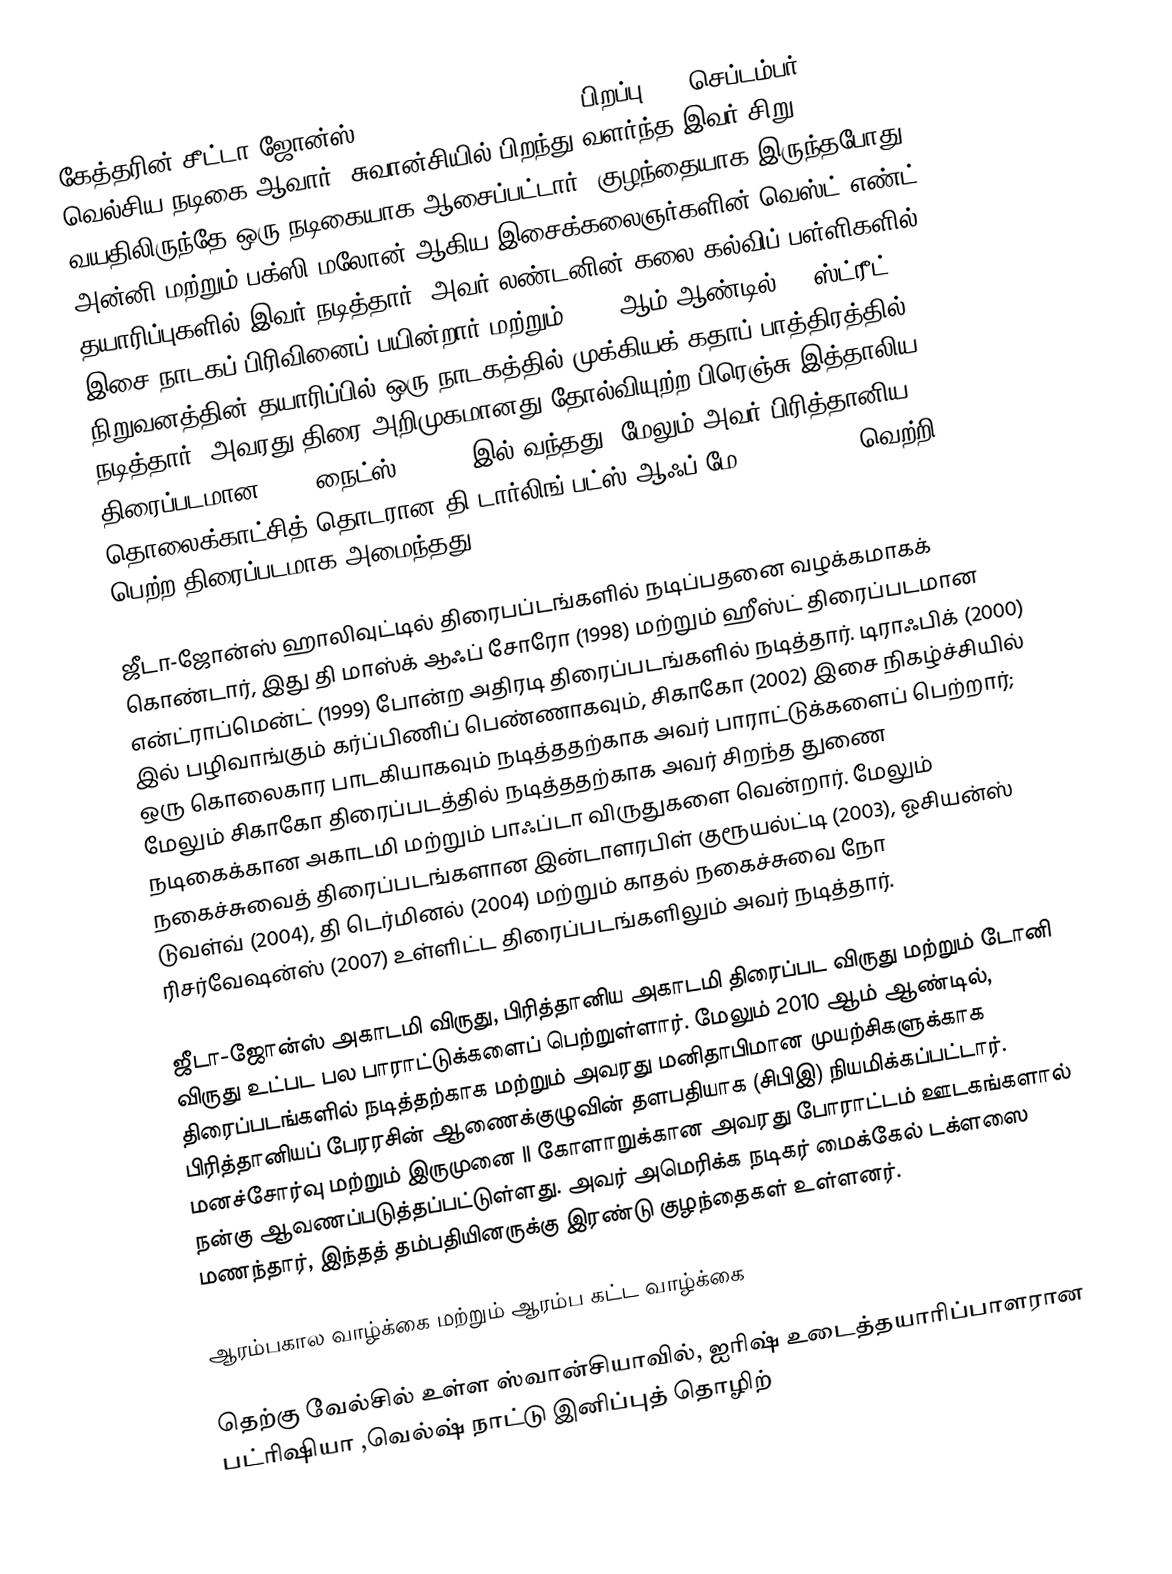
கேத்தரின் சீட்டா-ஜோன்ஸ் (Catherine Zeta-Jones; பிறப்பு: 25 செப்டம்பர் 1969) வெல்சிய நடிகை ஆவார். சுவான்சியில் பிறந்து வளர்ந்த இவர் சிறு வயதிலிருந்தே ஒரு நடிகையாக ஆசைப்பட்டார். குழந்தையாக இருந்தபோது, அன்னி மற்றும் பக்ஸி மலோன் ஆகிய இசைக்கலைஞர்களின் வெஸ்ட் எண்ட் தயாரிப்புகளில் இவர் நடித்தார். அவர் லண்டனின் கலை கல்விப் பள்ளிகளில் இசை நாடகப் பிரிவினைப் பயின்றார் மற்றும் 1987 ஆம் ஆண்டில் 42 ஸ்ட்ரீட் நிறுவனத்தின் தயாரிப்பில் ஒரு நாடகத்தில் முக்கியக் கதாப் பாத்திரத்தில் நடித்தார். அவரது திரை அறிமுகமானது தோல்வியுற்ற பிரெஞ்சு-இத்தாலிய திரைப்படமான 1001 நைட்ஸ் (1990) இல் வந்தது, மேலும் அவர் பிரித்தானிய தொலைக்காட்சித் தொடரான தி டார்லிங் பட்ஸ் ஆஃப் மே (1991-1993) வெற்றி பெற்ற திரைப்படமாக அமைந்தது.

ஜீடா-ஜோன்ஸ் ஹாலிவுட்டில் திரைபப்டங்களில் நடிப்பதனை வழக்கமாகக் கொண்டார், இது தி மாஸ்க் ஆஃப் சோரோ (1998) மற்றும் ஹீஸ்ட் திரைப்படமான என்ட்ராப்மென்ட் (1999) போன்ற அதிரடி திரைப்படங்களில் நடித்தார். டிராஃபிக் (2000) இல் பழிவாங்கும் கர்ப்பிணிப் பெண்ணாகவும், சிகாகோ (2002) இசை நிகழ்ச்சியில் ஒரு கொலைகார பாடகியாகவும் நடித்ததற்காக அவர் பாராட்டுக்களைப் பெற்றார்; மேலும் சிகாகோ திரைப்படத்தில் நடித்ததற்காக அவர் சிறந்த துணை நடிகைக்கான அகாடமி மற்றும் பாஃப்டா விருதுகளை வென்றார். மேலும் நகைச்சுவைத் திரைப்படங்களான இன்டாளரபிள் குரூயல்ட்டி  (2003), ஓசியன்ஸ் டுவள்வ் (2004), தி டெர்மினல் (2004) மற்றும் காதல் நகைச்சுவை நோ ரிசர்வேஷன்ஸ் (2007) உள்ளிட்ட திரைப்படங்களிலும் அவர் நடித்தார்.

ஜீடா-ஜோன்ஸ் அகாடமி விருது, பிரித்தானிய அகாடமி திரைப்பட விருது மற்றும் டோனி விருது உட்பட பல பாராட்டுக்களைப் பெற்றுள்ளார். மேலும் 2010 ஆம் ஆண்டில், திரைப்படங்களில் நடித்தற்காக மற்றும் அவரது மனிதாபிமான முயற்சிகளுக்காக பிரித்தானியப் பேரரசின் ஆணைக்குழுவின் தளபதியாக (சிபிஇ) நியமிக்கப்பட்டார். மனச்சோர்வு மற்றும் இருமுனை II கோளாறுக்கான அவரது போராட்டம் ஊடகங்களால் நன்கு ஆவணப்படுத்தப்பட்டுள்ளது. அவர் அமெரிக்க நடிகர் மைக்கேல் டக்ளஸை மணந்தார், இந்தத் தம்பதியினருக்கு இரண்டு குழந்தைகள் உள்ளனர்.

ஆரம்பகால வாழ்க்கை மற்றும் ஆரம்ப கட்ட வாழ்க்கை

தெற்கு வேல்சில் உள்ள ஸ்வான்சியாவில், ஐரிஷ் உடைத்தயாரிப்பாளரான பட்ரிஷியா  ,வெல்ஷ் நாட்டு இனிப்புத் தொழிற்